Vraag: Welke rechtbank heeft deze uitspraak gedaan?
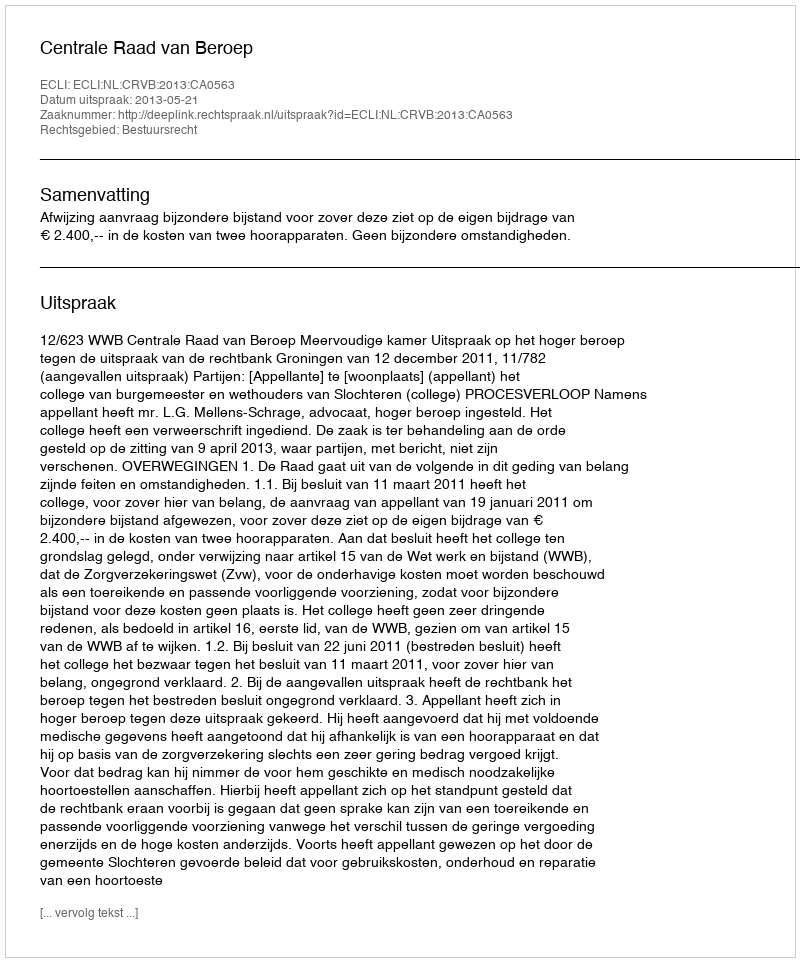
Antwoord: Centrale Raad van Beroep